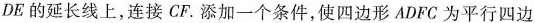
DE的延长线上，连接CF. 添加一个条件，使四边形ADFC为平行四边